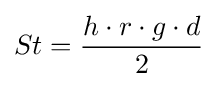
St={\frac {h\cdot r\cdot g\cdot d}{2}}